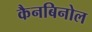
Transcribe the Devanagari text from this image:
कैनबिनोल